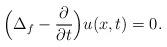
LaTeX: \begin{align*}\displaystyle \Big(\Delta_f - \frac{\partial}{\partial t}\Big) u(x,t) = 0.\end{align*}